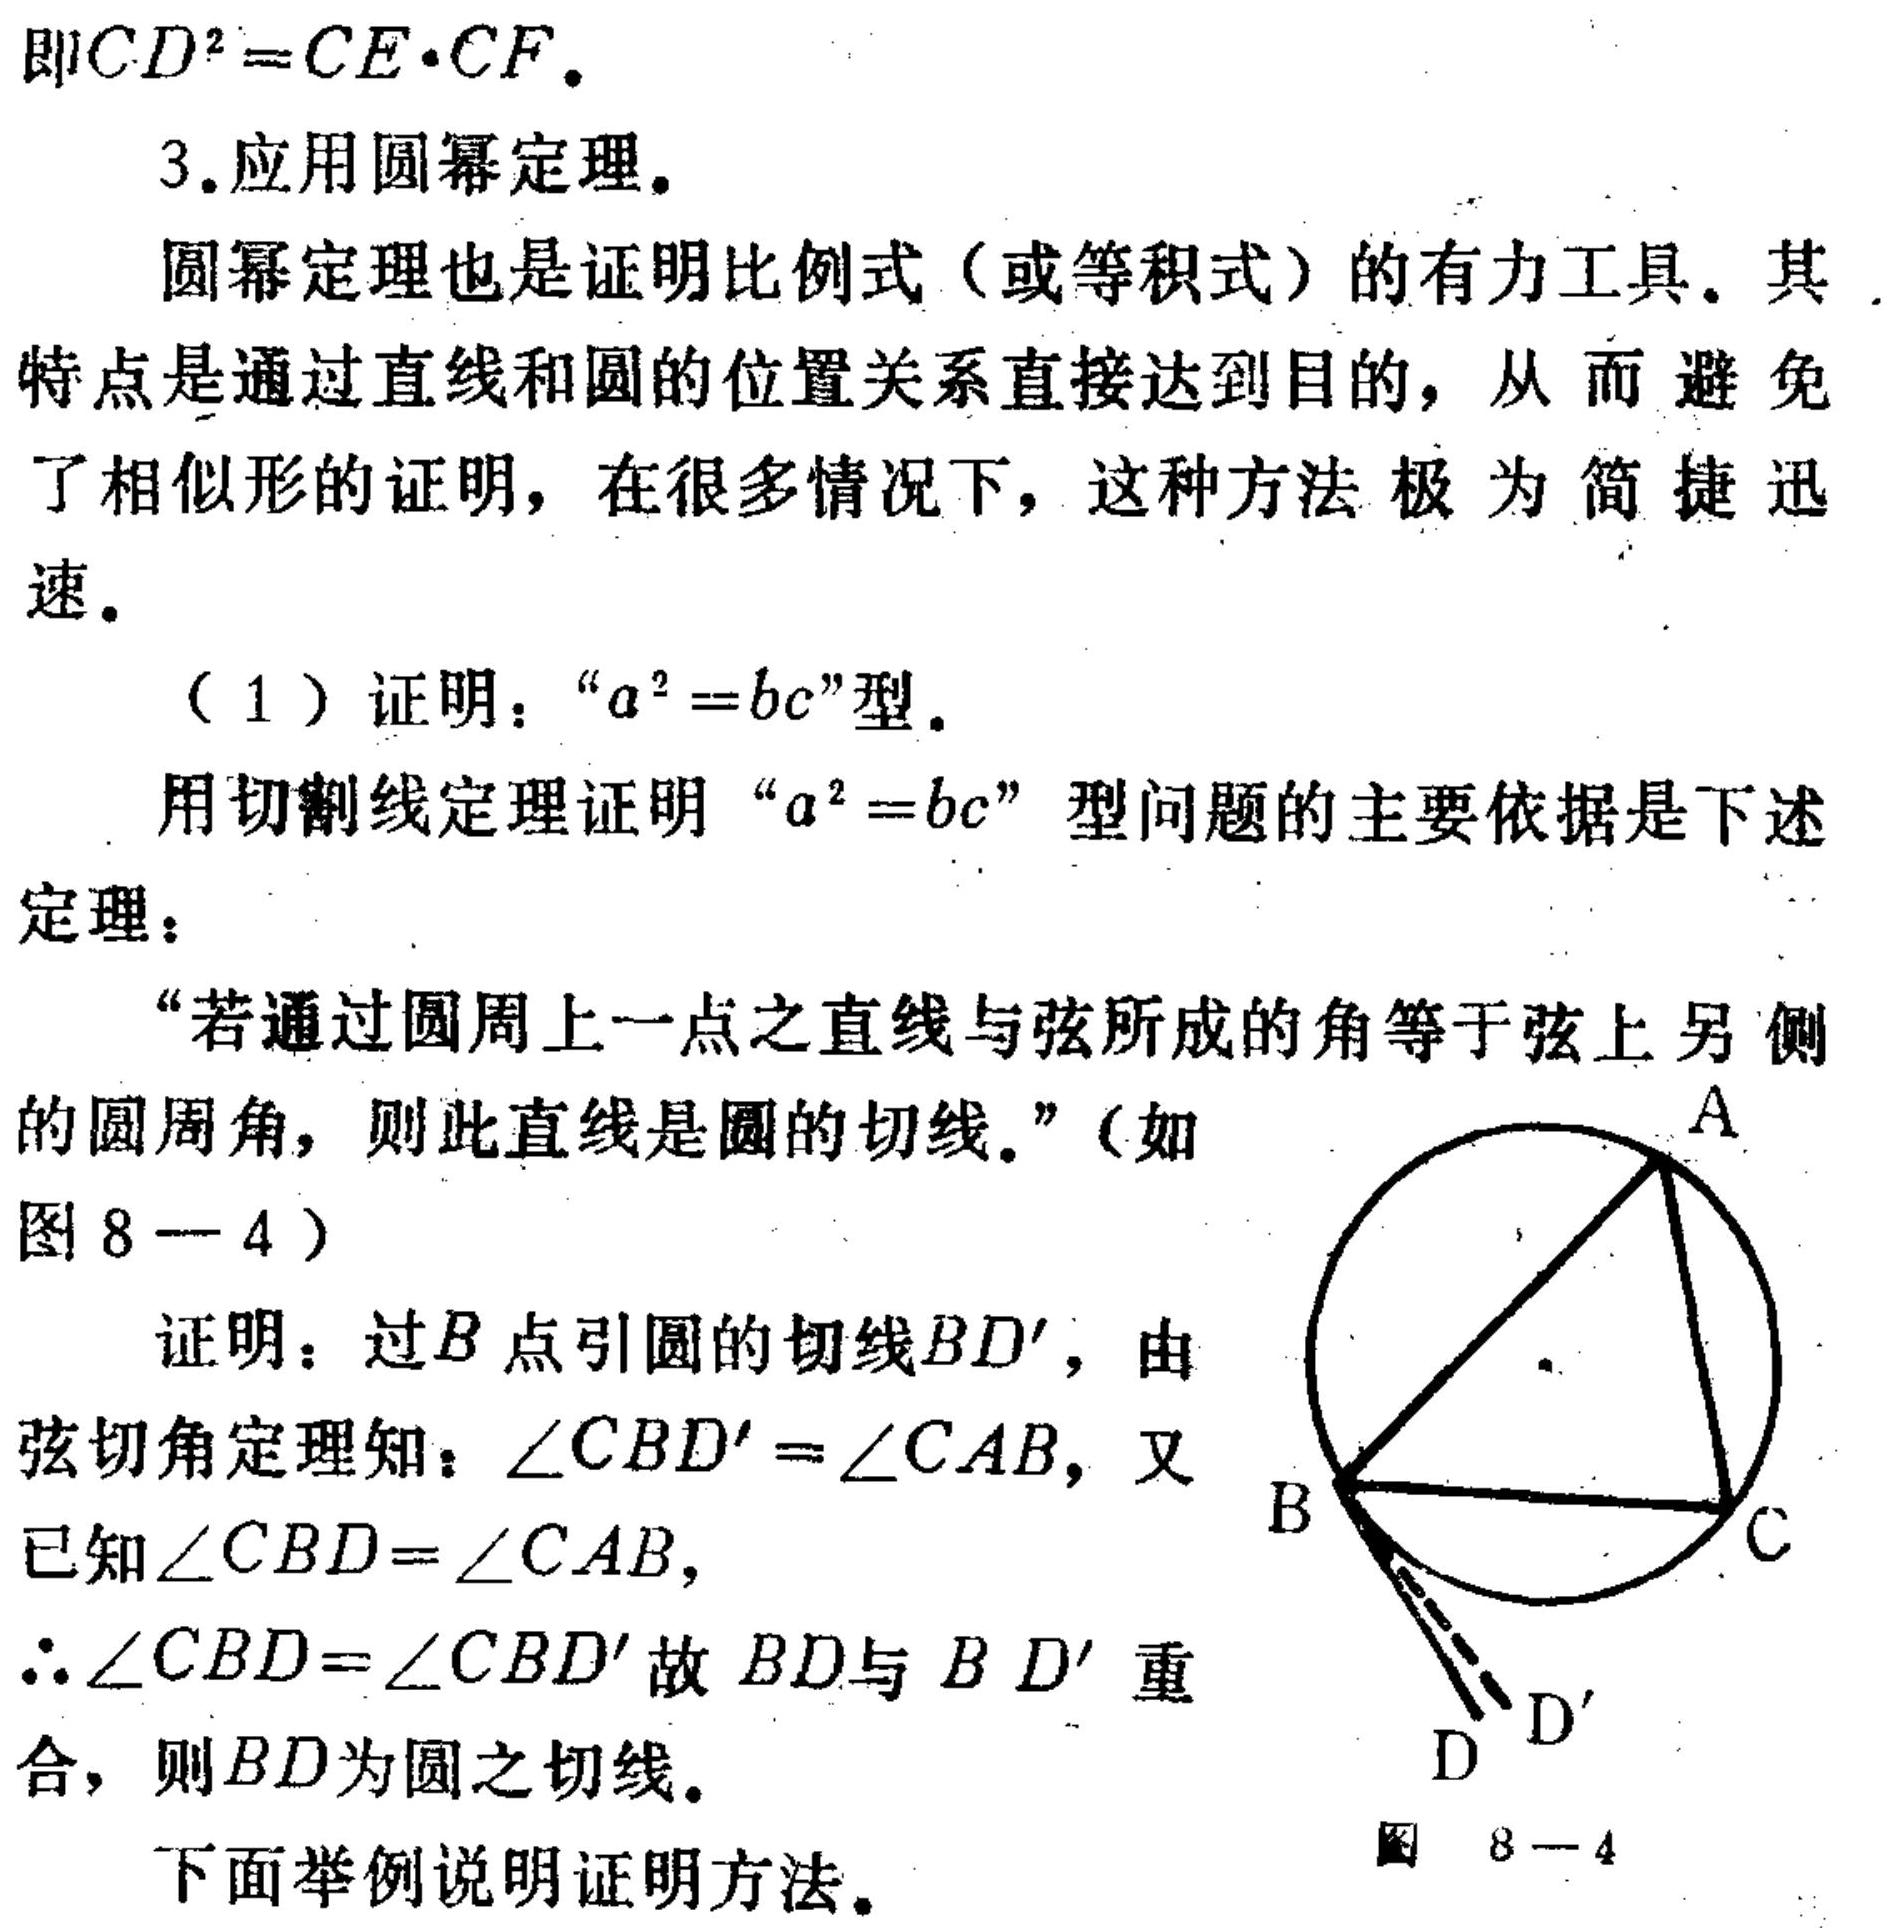
即\(CD^{2}=CE\cdot CF\).
3.应用圆幂定理.
圆幂定理也是证明比例式（或等积式）的有力工具。其特点是通过直线和圆的位置关系直接达到目的，从而避免了相似形的证明，在很多情况下，这种方法极为简捷迅速。
（1）证明：“\(a^{2}=bc\)”型.
用切割线定理证明“\(a^{2}=bc\)”型问题的主要依据是下述定理：
“若通过圆周上一点之直线与弦所成的角等于弦上另一侧的圆周角，则此直线是圆的切线。”（如图 \(8 - 4\)）
证明：过\(B\)点引圆的切线\(BD'\)，由弦切角定理知：\(\angle CBD'=\angle CAB\)，又已知\(\angle CBD = \angle CAB\)，
\(\therefore\angle CBD=\angle CBD'\)故 \(BD\)与 \(BD'\)重合，则\(BD\)为圆之切线。
下面举例说明证明方法。